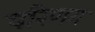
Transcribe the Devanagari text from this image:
परिणग